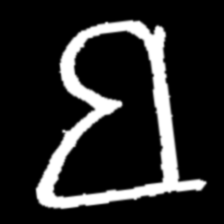
Pyu character \u2014 Myanmar letter: ဗ (romanized: ba)